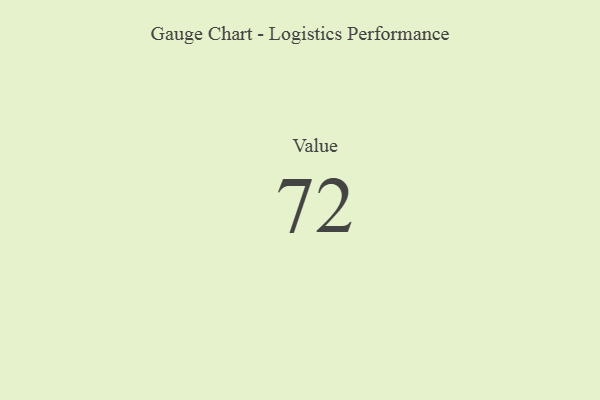
{"axis": {"x": "Metric", "y": "Value"}, "legend": [""], "data": [{"x": "Value", "y": 72, "type": ""}]}